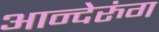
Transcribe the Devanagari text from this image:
आन्देरुंग